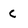
Character: C